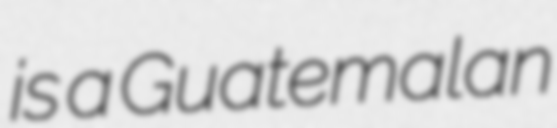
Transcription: is a Guatemalan